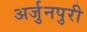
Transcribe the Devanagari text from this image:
अर्जुनपुरी